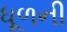
ધૂળની